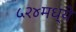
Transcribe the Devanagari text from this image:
५२४मध्ये